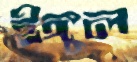
ইঙ্গুল